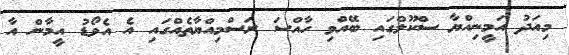
މިއަދު އަމީނިއްޔާ ސްކޫލްގައި ބޭއްވި ހާއްސަ ރަސްމިއްޔާތެއްގައި އެ އެވޯޑު އީމާން އާ